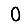
Digit: 0